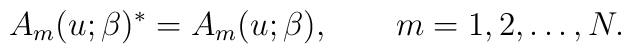
A_m(u;\beta)^* = A_m(u;\beta), \qquad m=1,2,\dots,N.